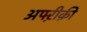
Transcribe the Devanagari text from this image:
अफ्ऱीक़ी